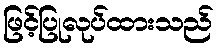
ဖြင့်ပြုလုပ်ထားသည်